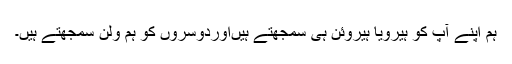
ہم اپنے آپ کو ہیرویا ہیروئن ہی سمجھتے ہیںاوردوسروں کو ہم ولن سمجھتے ہیں۔